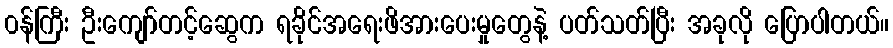
၀န်ကြီး ဦးကျော်တင့်ဆွေက ရခိုင်အရေးဖိအားပေးမှုတွေနဲ့ ပတ်သတ်ပြီး အခုလို ပြောပါတယ်။